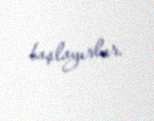
başlayırlar.